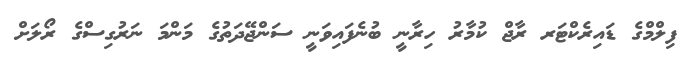
ފިލްމްގެ ޑައިރެކްޓަރ ރާޖް ކުމާރު ހިރާނީ ބުނެފައިވަނީ ސަންޖޭދަތުގެ މަންމަ ނަރުގިސްގެ ރޯލަށް